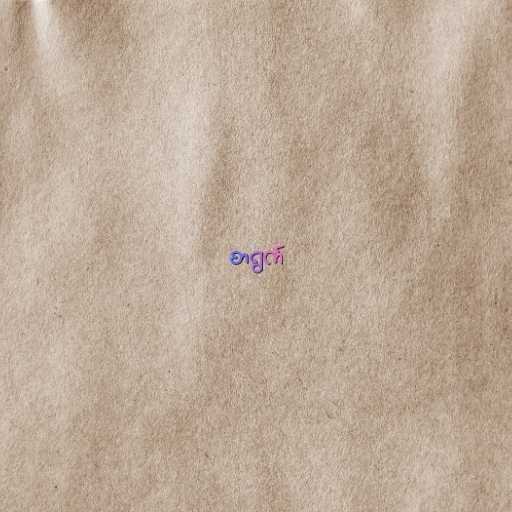
စာရွက်